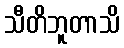
သီတိဘူတာသိ